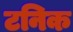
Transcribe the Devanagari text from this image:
टनिक